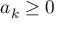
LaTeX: a _ { k } \geq 0